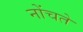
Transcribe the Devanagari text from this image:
नोंचते